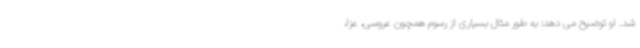
شد. او توضیح می دهد: به طور مثال بسیاری از رسوم همچون عروسی، عزا،